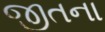
જીતના